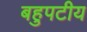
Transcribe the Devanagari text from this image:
बहुपटीय